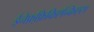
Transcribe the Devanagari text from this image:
ईनेफ़्फ़िकिएन्किएस